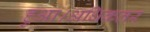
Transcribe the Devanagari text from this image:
हुआ।अधिकतर